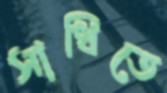
সাধিতে